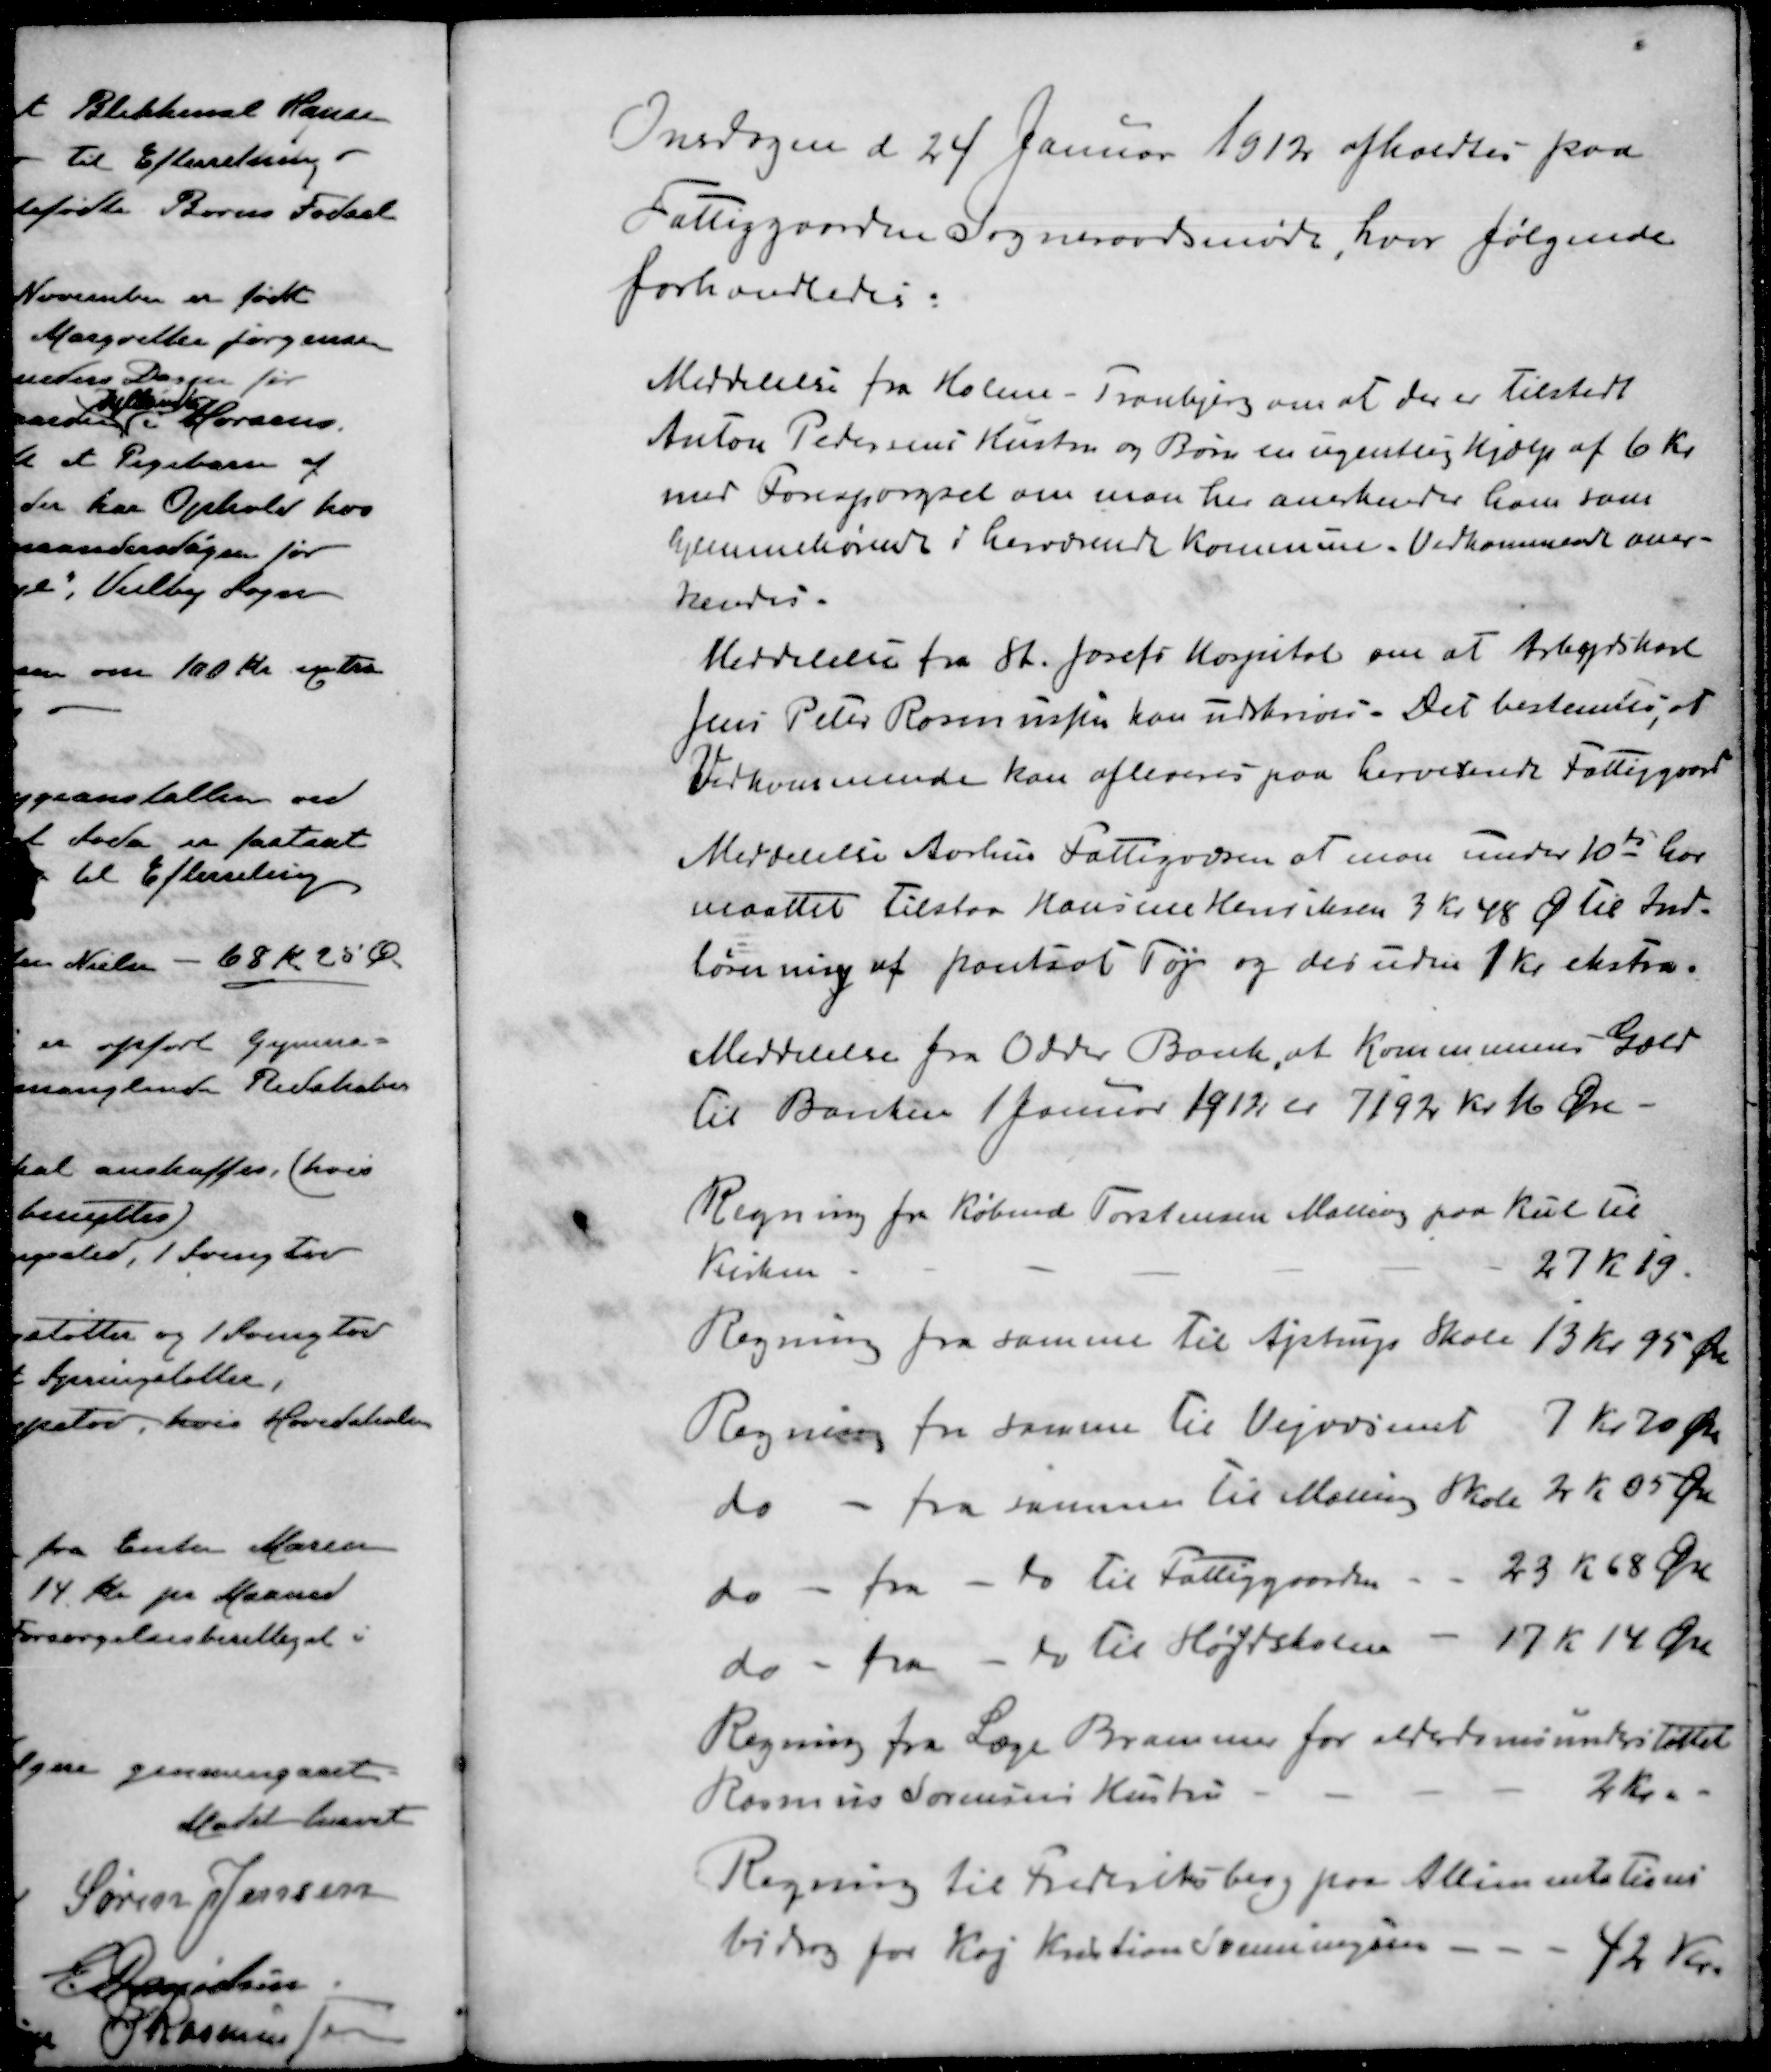
Transskription:
Onsdagen d 24 Januar 1912 afholdtes paa
Fattiggaarden Sogneraadsmøde, hvor følgende
forhandledes:
Meddelelse fra Holme - Tranbjerg om at der er tilstedt
Anton Pedersens Hustru og Børn en ugentlig hjælp af 6 Kr.
med Forespørgsel om man her anerkender ham som 
hjemmehørende i herværende Kommune. Vedkommende aner-
kendes.
Meddelelse fra St. forefs Hospital om at Arbejdskarl
Jens Peter Rasmussen kan udskrives. Det bestemtes, at
Vedkommende kan afleveres paa herverende Fattiggaard
Meddelelse Aarhus Fattigvæsen at man under 10de har
maattet Tilstaa Hansine Henriksen 3 Kr 48 Ø til Ind-
løsning af pantsat Tøj og desuden 1 Kr. ekstra
Meddelelse fra Odder Bank, at Kommunens Gæld
til Banken 1 Januar 1912 er 7192 Kr 16 Øre.
Regning fra Købmd Torstensen Malling paa Kul til 
Kirken
27 K 19
Regning fra samme til Ajstrup Skole
13 Kr. 95 Øre
Regning fra samme til Vejvæsenet
7 Kr. 70 Øre
do - fra samme til Malling Skole
2 Kr 05 Øre
do - fra - do til Fattiggaarden
23 Kr 68 Øre
do - fra do til Højskolen
17 Kr 14 Øre
Regning fra Læge Brammer for alderdomsunderstøttet
Rasmus Sørensens Hustru
2 Kr.
Regning til Frederiksberg paa Allimentations
bidrag for Kaj Kristian Svenningsen
42 Kr.